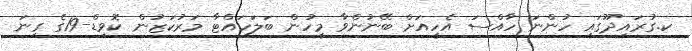
ކ.ގުރައިދޫގައި ހުންނަ ހާއްސަ އެހީއަށް ބޭނުންވާ މީހުން ބަލަހައްޓާ މަރުކަޒުން ކޮވިޑް-19ގެ ގިނަ